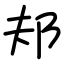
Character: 邞